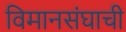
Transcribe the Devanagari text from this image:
विमानसंघाची